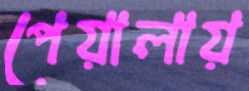
পেয়ালায়